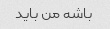
باشه من باید